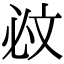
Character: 𣁉